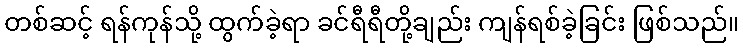
တစ်ဆင့် ရန်ကုန်သို့ ထွက်ခဲ့ရာ ခင်ရီရီတို့ချည်း ကျန်ရစ်ခဲ့ခြင်း ဖြစ်သည်။